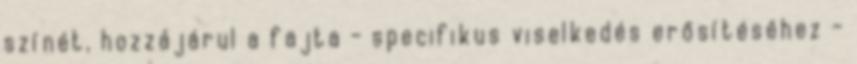
színét, hozzájárul a fajta - specifikus viselkedés erősítéséhez -